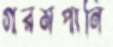
গরমপানি